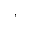
,